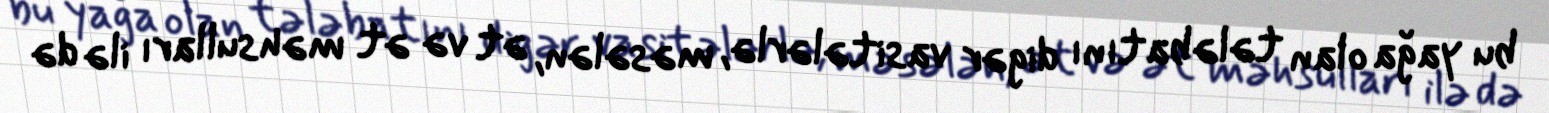
bu yağa olan tələbatını digər vasitələrlə, məsələn, ət və ət məhsulları ilə də